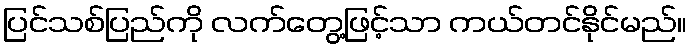
ပြင်သစ်ပြည်ကို လက်တွေ့ဖြင့်သာ ကယ်တင်နိုင်မည်။